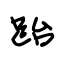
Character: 跆